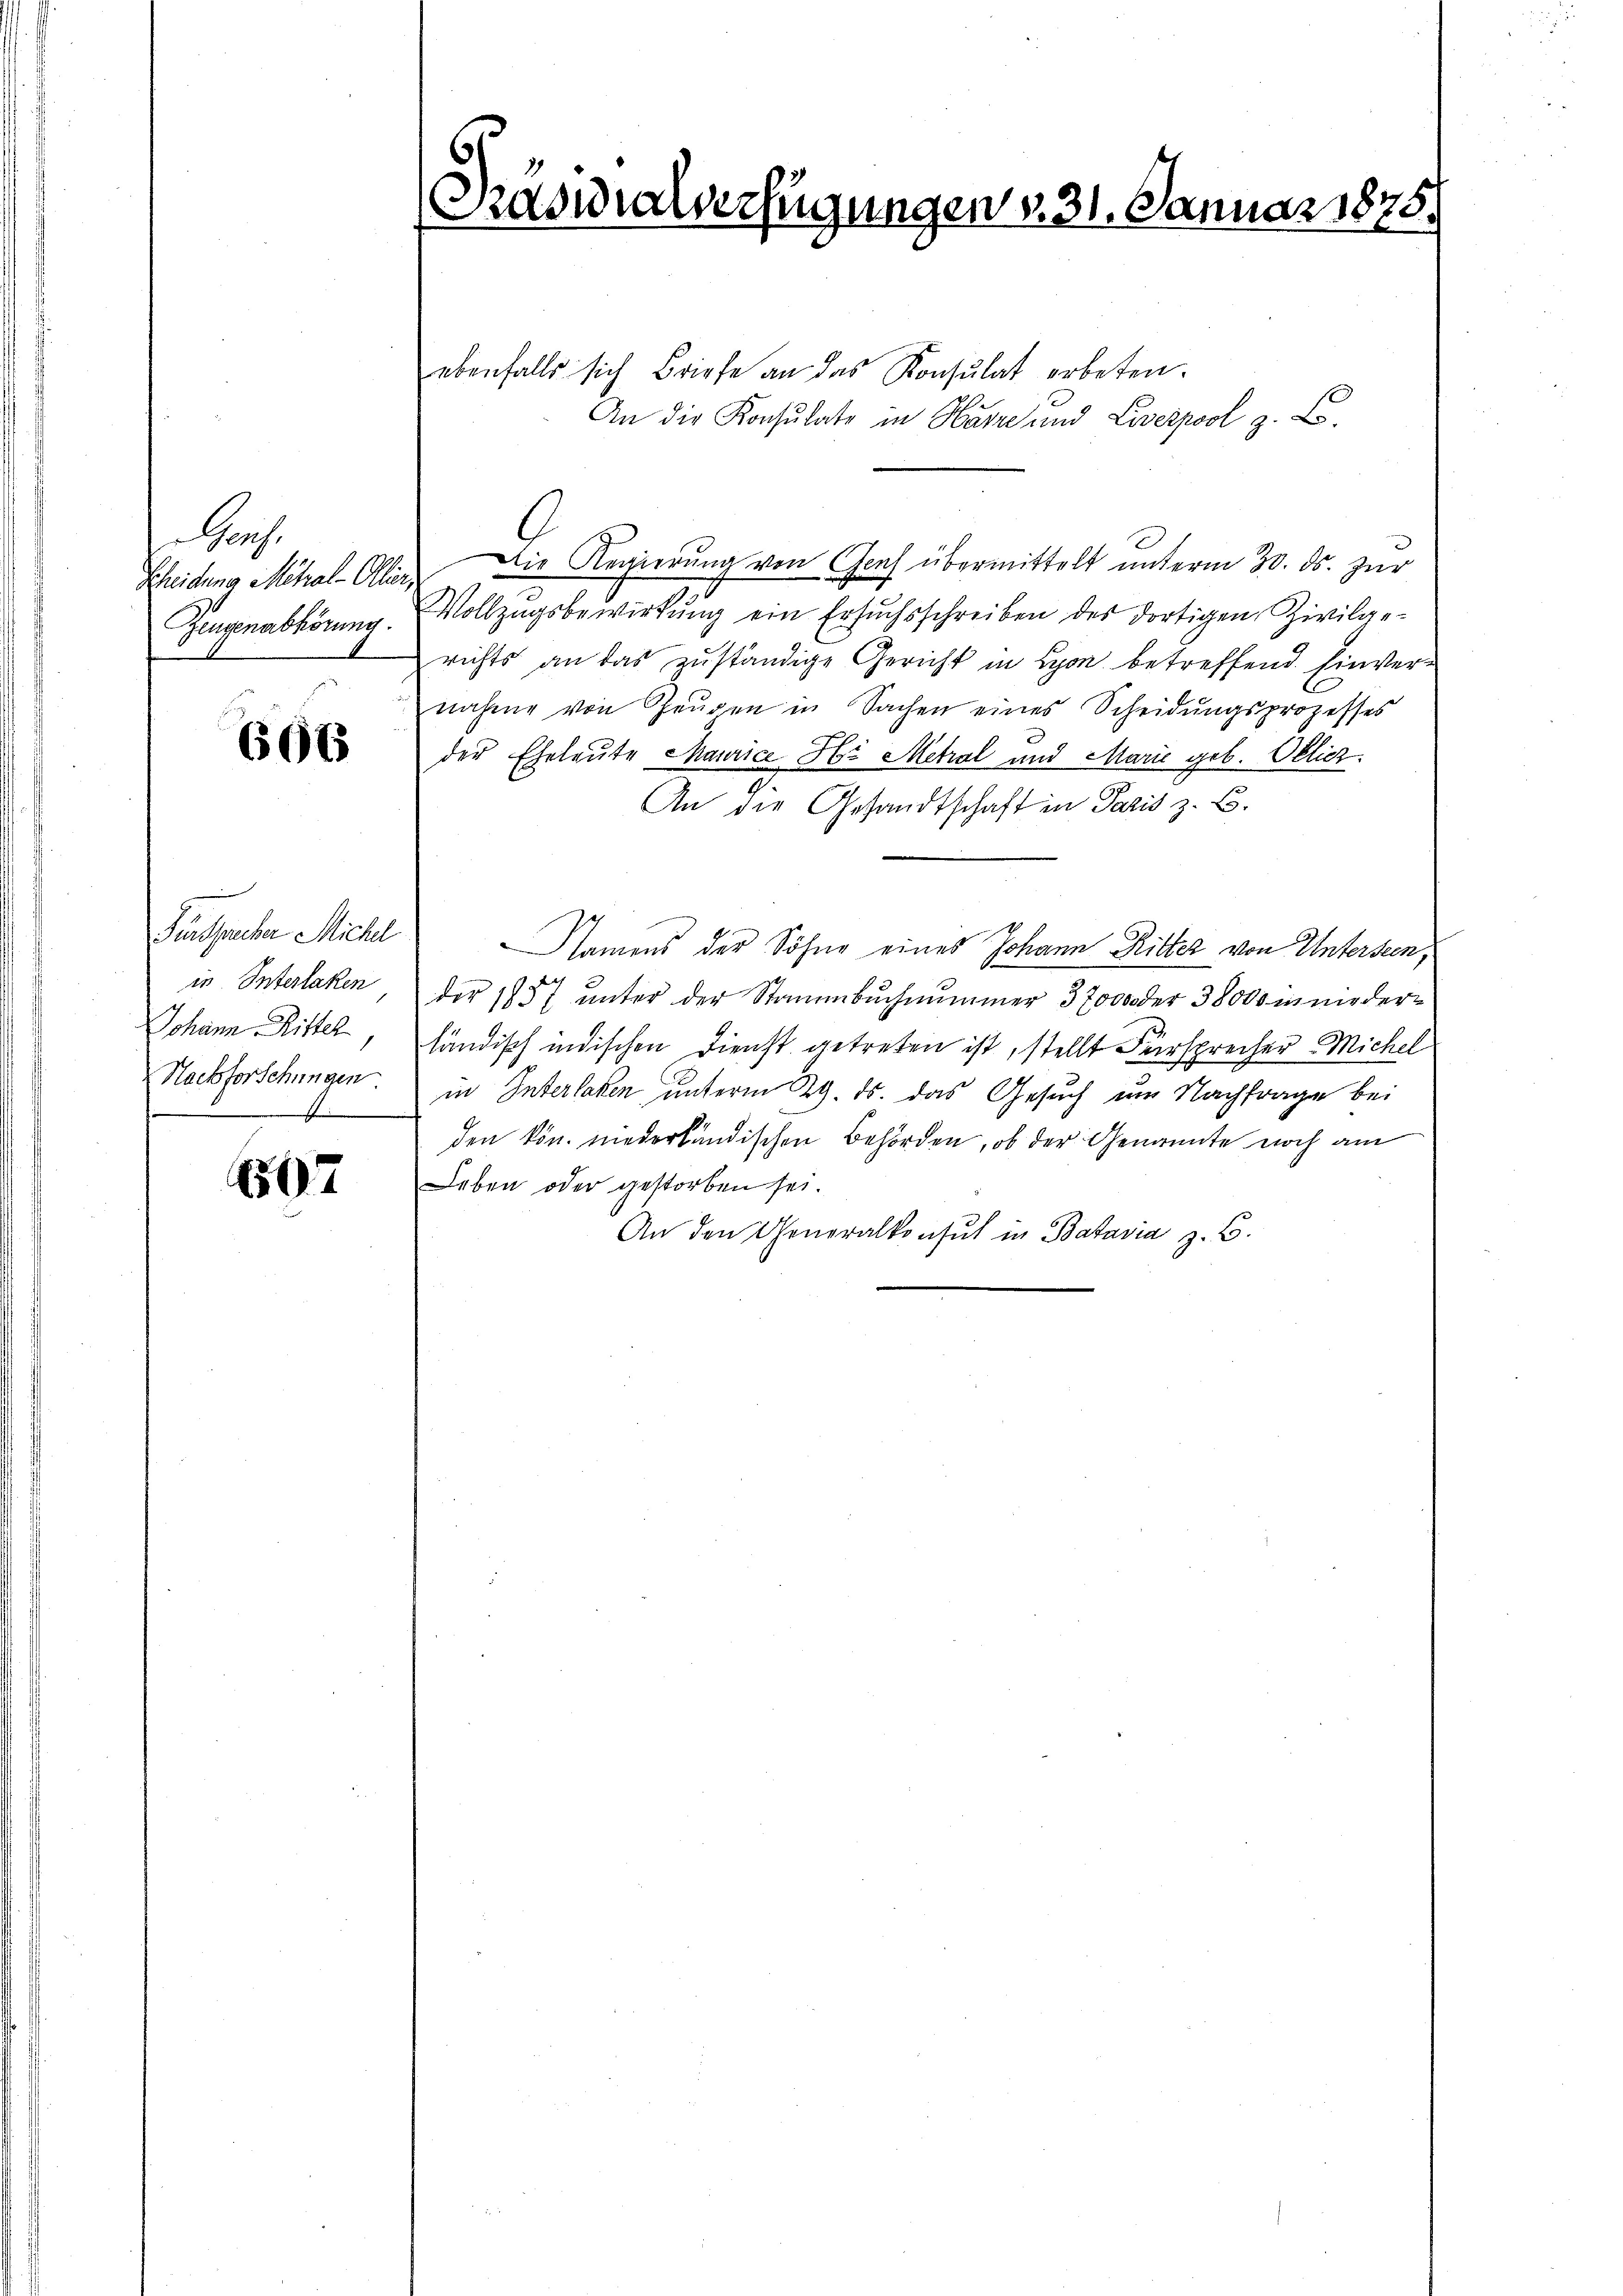
Gars.
Scheidung Mehral-Oller,
Zeugenabhörung.

666

Fürsprecher Michl
in Interlaken
Johann Rittel,
Nachforschungen

507

Päswialverfügungen v. 31. Januar 1875.

ebenfalls sich Briefe an das Konsulat erbeten.
An die Konsulate in Harze und Liverpool z. B.
Die Regierung von Genf übermittelt unterm 30. ds. zur
Vollzŭgsbewirkung ein Ersuchsschreiben des dortigen Zivilge-
richts an das zuständige Gericht in Lyon betreffend. Einvernahme von Zeŭgen in Sachen eines Scheidŭngsprozesses
der Eheleute Maurice H: Metral und Marie geb. Oblich.
.
An die Gesandtschaft in Paris z. B.
Namens der Söhne eines Johann Ritter von Untersten,
der 1857 unter der Stammbuchnummer 37000 der 38000 in niederländisch indischen Dienst getreten ist, stellt Fürsprecher Michel
in Interlaken unterm 29. ds. das Gesuch im Nachfrage bei
den kön. niederländischen Behörden, ob der Genannte noch am
Leben oder gestorben sei.
An den Generalkonsul in Batavia z. B.